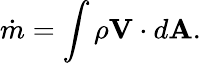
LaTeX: {\dot{m}}=\int\rho\mathbf{V}\cdot d\mathbf{A}.